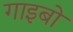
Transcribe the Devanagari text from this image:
गाइबो